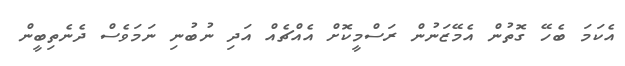
އެކަމަ ބެހޭ ގޮތުން އެމޭޒަނުން ރަސްމީކޮށް އެއްޗެއް އަދި ނުބުނި ނަމަވެސް ދެނެތިބީން